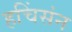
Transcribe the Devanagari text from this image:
हचिंसंन